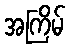
အကြိမ်